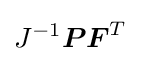
J^{-1}{\boldsymbol {P}}{\boldsymbol {F}}^{T}